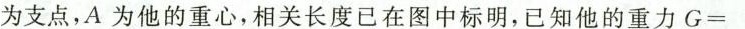
为支点，A为他的重心，相关长度已在图中标明，已知他的重力$$G =